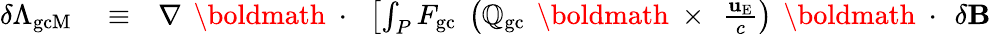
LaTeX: \begin{array}{rlr}{\delta\Lambda_{\mathrm{gcM}}}&{{}\equiv}&{\nabla\, \mathrm{~\boldmath~\cdot~}\, \left[\int_{P}F_{\mathrm{gc}}\; \left(\mathbb{Q}_{\mathrm{gc}}\, \mathrm{~\boldmath~\times~}\, \frac{{\mathbf u}_{\mathrm{E}}}{c}\right)\, \mathrm{~\boldmath~\cdot~}\, \delta{\mathbf B}\right.}\end{array}